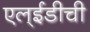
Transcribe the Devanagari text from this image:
एल्‌ईडीची